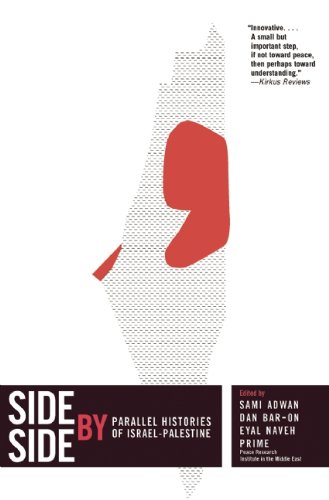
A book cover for Side by Side: Parallel Histories of Israel-Palestine; History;